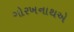
ગોરખનાથએ